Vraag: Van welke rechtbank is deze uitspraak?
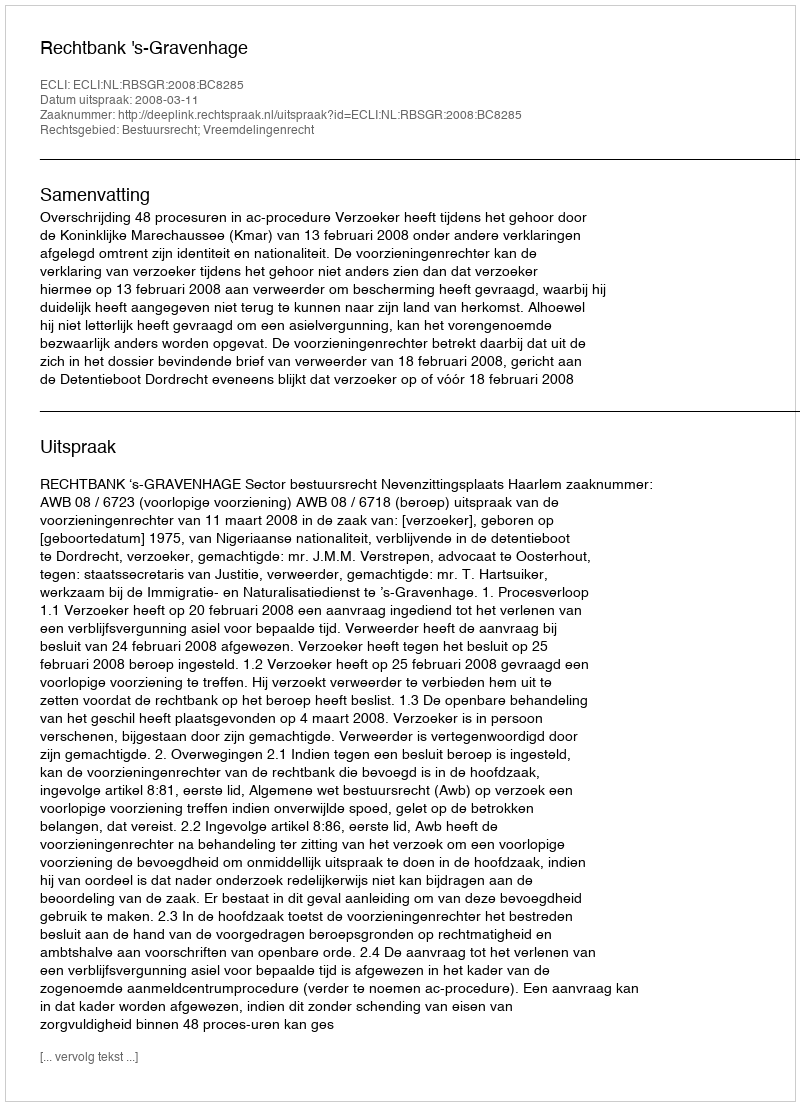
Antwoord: Rechtbank 's-Gravenhage